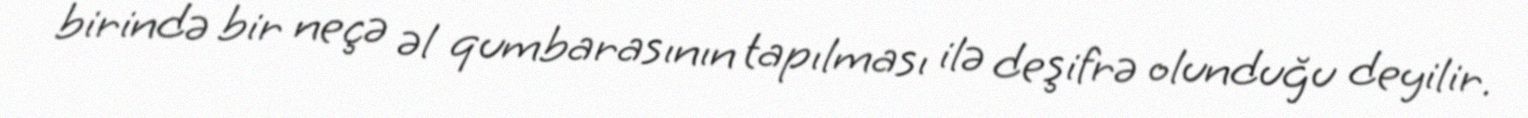
birində bir neçə əl qumbarasının tapılması ilə deşifrə olunduğu deyilir.